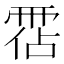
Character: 𩃅